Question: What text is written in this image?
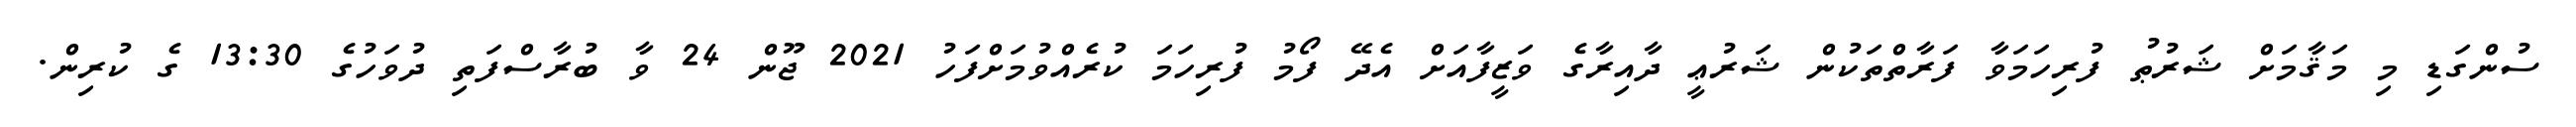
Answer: ސުންގަޑި މި މަޤާމަށް ޝަރުޠު ފުރިހަމަވާ ފަރާތްތަކުން ޝަރުޢީ ދާއިރާގެ ވަޒީފާއަށް އެދޭ ފޯމު ފުރިހަމަ ކުރެއްވުމަށްފަހު 2021 ޖޫން 24 ވާ ބުރާސްފަތި ދުވަހުގެ 13:30 ގެ ކުރިން.